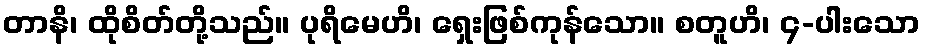
တာနိ၊ ထိုစိတ်တို့သည်။ ပုရိမေဟိ၊ ရှေးဖြစ်ကုန်သော။ စတူဟိ၊ ၄-ပါးသော